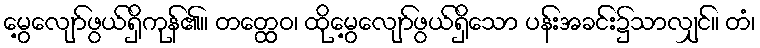
မွေ့လျော်ဖွယ်ရှိကုန်၏။ တတ္ထေဝ၊ ထိုမွေ့လျော်ဖွယ်ရှိသော ပန်းအခင်း၌သာလျှင်။ တံ၊